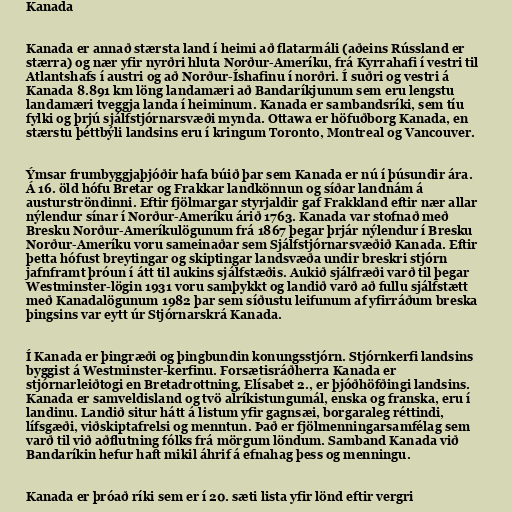
Kanada

Kanada er annað stærsta land í heimi að flatarmáli (aðeins Rússland er
stærra) og nær yfir nyrðri hluta Norður-Ameríku, frá Kyrrahafi í vestri til
Atlantshafs í austri og að Norður-Íshafinu í norðri. Í suðri og vestri á
Kanada 8.891 km löng landamæri að Bandaríkjunum sem eru lengstu
landamæri tveggja landa í heiminum. Kanada er sambandsríki, sem tíu
fylki og þrjú sjálfstjórnarsvæði mynda. Ottawa er höfuðborg Kanada, en
stærstu þéttbýli landsins eru í kringum Toronto, Montreal og Vancouver.

Ýmsar frumbyggjaþjóðir hafa búið þar sem Kanada er nú í þúsundir ára.
Á 16. öld hófu Bretar og Frakkar landkönnun og síðar landnám á
austurströndinni. Eftir fjölmargar styrjaldir gaf Frakkland eftir nær allar
nýlendur sínar í Norður-Ameríku árið 1763. Kanada var stofnað með
Bresku Norður-Ameríkulögunum frá 1867 þegar þrjár nýlendur í Bresku
Norður-Ameríku voru sameinaðar sem Sjálfstjórnarsvæðið Kanada. Eftir
þetta hófust breytingar og skiptingar landsvæða undir breskri stjórn
jafnframt þróun í átt til aukins sjálfstæðis. Aukið sjálfræði varð til þegar
Westminster-lögin 1931 voru samþykkt og landið varð að fullu sjálfstætt
með Kanadalögunum 1982 þar sem síðustu leifunum af yfirráðum breska
þingsins var eytt úr Stjórnarskrá Kanada.

Í Kanada er þingræði og þingbundin konungsstjórn. Stjórnkerfi landsins
byggist á Westminster-kerfinu. Forsætisráðherra Kanada er
stjórnarleiðtogi en Bretadrottning, Elísabet 2., er þjóðhöfðingi landsins.
Kanada er samveldisland og tvö alríkistungumál, enska og franska, eru í
landinu. Landið situr hátt á listum yfir gagnsæi, borgaraleg réttindi,
lífsgæði, viðskiptafrelsi og menntun. Það er fjölmenningarsamfélag sem
varð til við aðflutning fólks frá mörgum löndum. Samband Kanada við
Bandaríkin hefur haft mikil áhrif á efnahag þess og menningu.

Kanada er þróað ríki sem er í 20. sæti lista yfir lönd eftir vergri